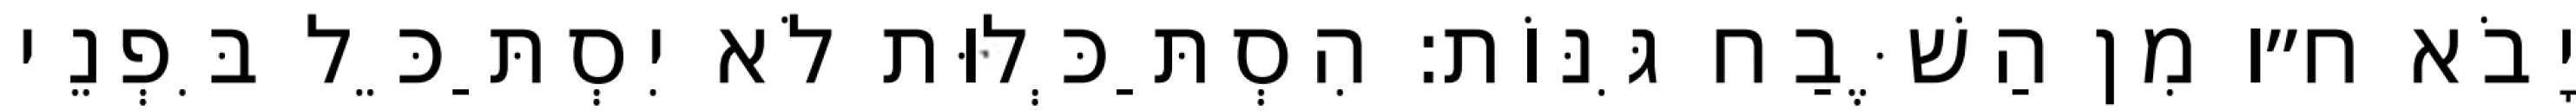
יָבֹא ח״ו מִן הַשֶּׁבַח גִּנּוֹת: הִסְתַּכְּלוּת לֹא יִסְתַּכֵּל בִּפְנֵי